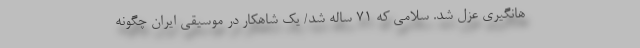
هانگیری عزل شد. سلامی که ۷۱ ساله شد/ یک شاهکار در موسیقی ایران چگونه